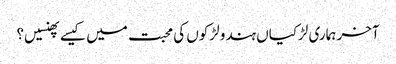
آخر ہماری لڑکیاں ہندو لڑکوں کی محبت میں کیسےپھنسیں؟